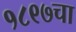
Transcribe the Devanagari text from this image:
१८९७चा